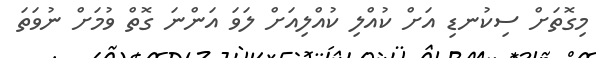
މިގޮތަށް ސިކުނޑި އަށް ކުއްލި ކުއްލިއަށް ލަވަ އަންނަ ގޮތް ވުމަށް ނުވަތަ